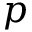
p